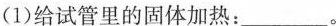
(1)给试管里的固体加热：___。